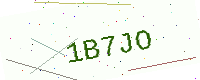
Text: 1B7JO